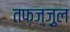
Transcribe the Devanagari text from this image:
तफ़ज़्ज़ुल